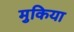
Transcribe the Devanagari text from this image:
मुकिया